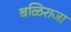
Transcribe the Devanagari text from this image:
बळिराजा